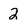
Character: 2